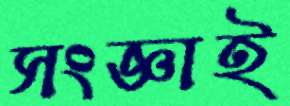
সংজ্ঞাই